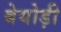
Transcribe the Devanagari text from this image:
बेयोड़ी